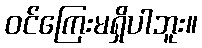
ဝင်ကြေးမရှိပါဘူး။